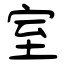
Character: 室